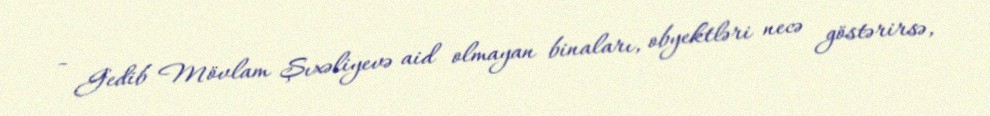
- Gedib Mövlam Şıxəliyevə aid olmayan binaları, obyektləri necə göstərirsə,